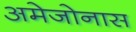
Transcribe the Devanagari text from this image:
अमेजोनास